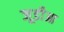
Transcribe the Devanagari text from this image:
जूडीआ